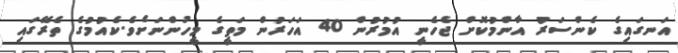
އަނގައިގެ ކެންސަރު އާންމުކޮށް ޖެހެނީ އުމުރުން 40 އަހަރުން މަތީގެ މީހުންނަށެވެ.ކެއުމުގެ ތެރޭގައި